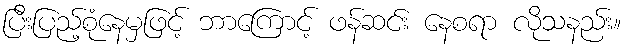
ပြီးပြည့်စုံနေမှဖြင့် ဘာကြောင့် ဖန်ဆင်း နေစရာ လိုသနည်း။